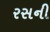
રસની